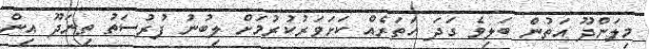
މިލަންދޫ އަތުން ބަލިވެ ގަދަ ހަތަރެއް ކަށަވަރުކުރުމަށް ލިބުނު ފުރުސަތު ތިނަދޫ އިން